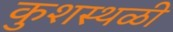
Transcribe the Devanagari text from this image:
कुशस्थळी